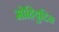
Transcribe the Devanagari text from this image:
मोहियुद्दिन